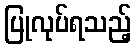
ပြုလုပ်ရသည့်